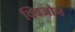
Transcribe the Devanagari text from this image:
क्विजोन